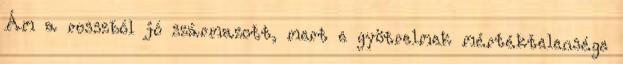
Ám a rosszból jó származott, mert e gyötrelmek mértéktelensége